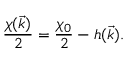
\frac { \chi ( \vec { k } ) } { 2 } = \frac { \chi _ { 0 } } { 2 } - h ( \vec { k } ) .